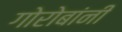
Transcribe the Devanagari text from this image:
गोरोबांनी